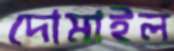
দোমাইল